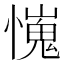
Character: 𢢯